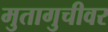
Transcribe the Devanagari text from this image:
मुतागुचीवर